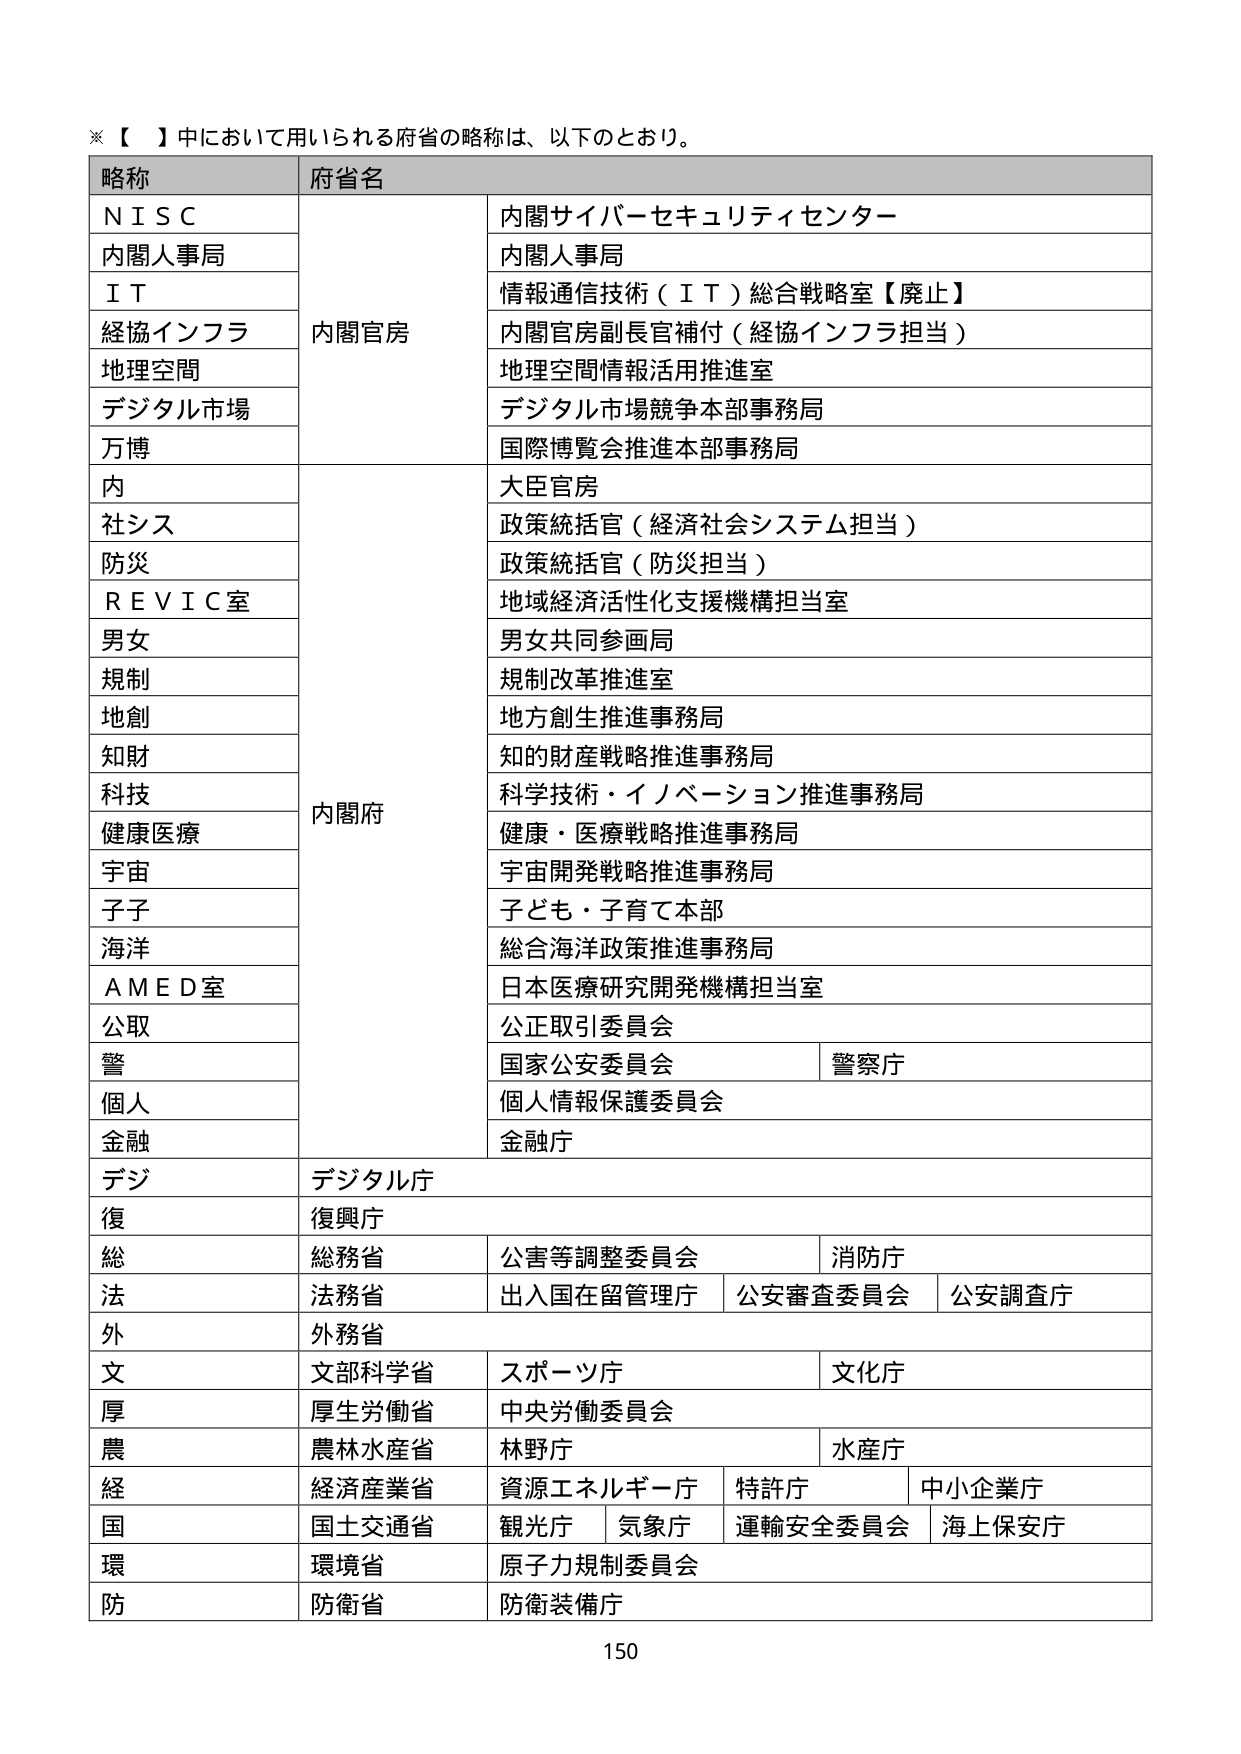
※【 】中において用いられる府省の略称は、以下のとおり。

略称	府省名
ＮＩＳＣ	内閣サイバーセキュリティセンター
内閣人事局	内閣人事局
ＩＴ	情報通信技術（ＩＴ）総合戦略室【廃止】
経協インフラ	内閣官房	内閣官房副長官補付（経協インフラ担当）
地理空間	地理空間情報活用推進室
デジタル市場	デジタル市場競争本部事務局
万博	国際博覧会推進本部事務局
内	内閣府	大臣官房
社シス	政策統括官（経済社会システム担当）
防災	政策統括官（防災担当）
ＲＥＶＩＣ室	地域経済活性化支援機構担当室
男女	男女共同参画局
規制	規制改革推進室
地創	地方創生推進事務局
知財	知的財産戦略推進事務局
科技	科学技術・イノベーション推進事務局
健康医療	健康・医療戦略推進事務局
宇宙	宇宙開発戦略推進事務局
子子	子ども・子育て本部
海洋	総合海洋政策推進事務局
ＡＭＥＤ室	日本医療研究開発機構担当室
公取	公正取引委員会
警	国家公安委員会	警察庁
個人	個人情報保護委員会
金融	金融庁
デジ	デジタル庁
復	復興庁
総	総務省	公害等調整委員会	消防庁
法	法務省	出入国在留管理庁	公安審査委員会	公安調査庁
外	外務省
文	文部科学省	スポーツ庁	文化庁
厚	厚生労働省	中央労働委員会
農	農林水産省	林野庁	水産庁
経	経済産業省	資源エネルギー庁	特許庁	中小企業庁
国	国土交通省	観光庁	気象庁	運輸安全委員会	海上保安庁
環	環境省	原子力規制委員会
防	防衛省	防衛装備庁

150